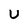
Character: U